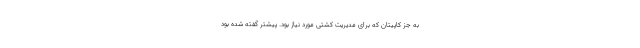
به جز کاپیتان که برای مدیریت کشتی مورد نیاز بود. پیشتر گفته شده بود